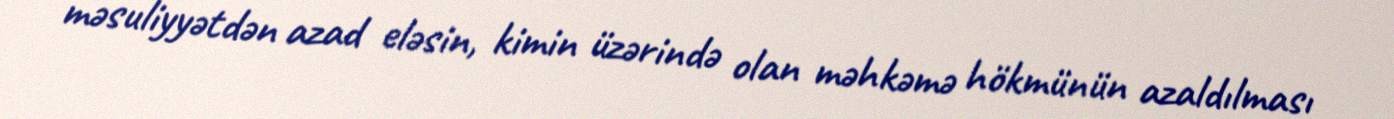
məsuliyyətdən azad eləsin, kimin üzərində olan məhkəmə hökmünün azaldılması